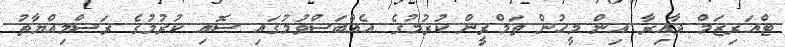
ޓްއަރިޒަމް ދާއިރާ އިން މީހުން ތަމްރީން ކުރުމުގެ އެއްބަސްވުމުގައި ސޮއި ކުރުމުގެ ރަސްމިއްޔާތު